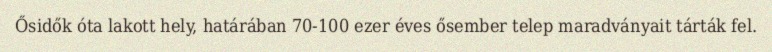
Ősidők óta lakott hely, határában 70-100 ezer éves ősember telep maradványait tárták fel.